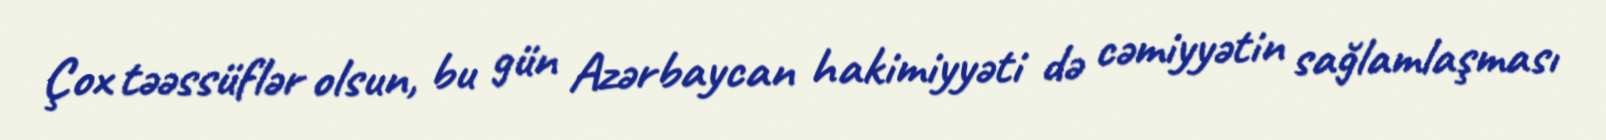
Çox təəssüflər olsun, bu gün Azərbaycan hakimiyyəti də cəmiyyətin sağlamlaşması